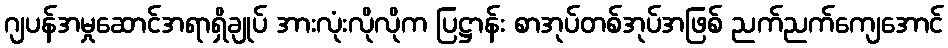
ဂျပန်အမှုဆောင်အရာရှိချုပ် အားလုံးလိုလိုက ပြဋ္ဌာန်း စာအုပ်တစ်အုပ်အဖြစ် ညက်ညက်ကျေအောင်